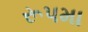
રૂપમા